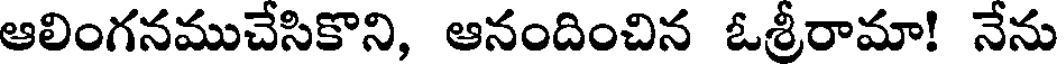
ఆలింగనముచేసికొని, ఆనందించిన ఓశ్రీరామా! నేను